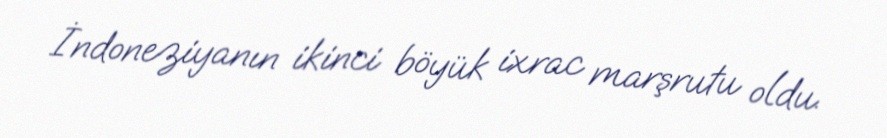
İndoneziyanın ikinci böyük ixrac marşrutu oldu.